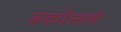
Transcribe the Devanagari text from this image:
ढकोसले